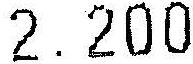
2.200